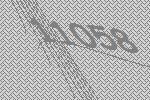
11058